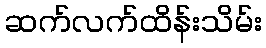
ဆက်လက်ထိန်းသိမ်း